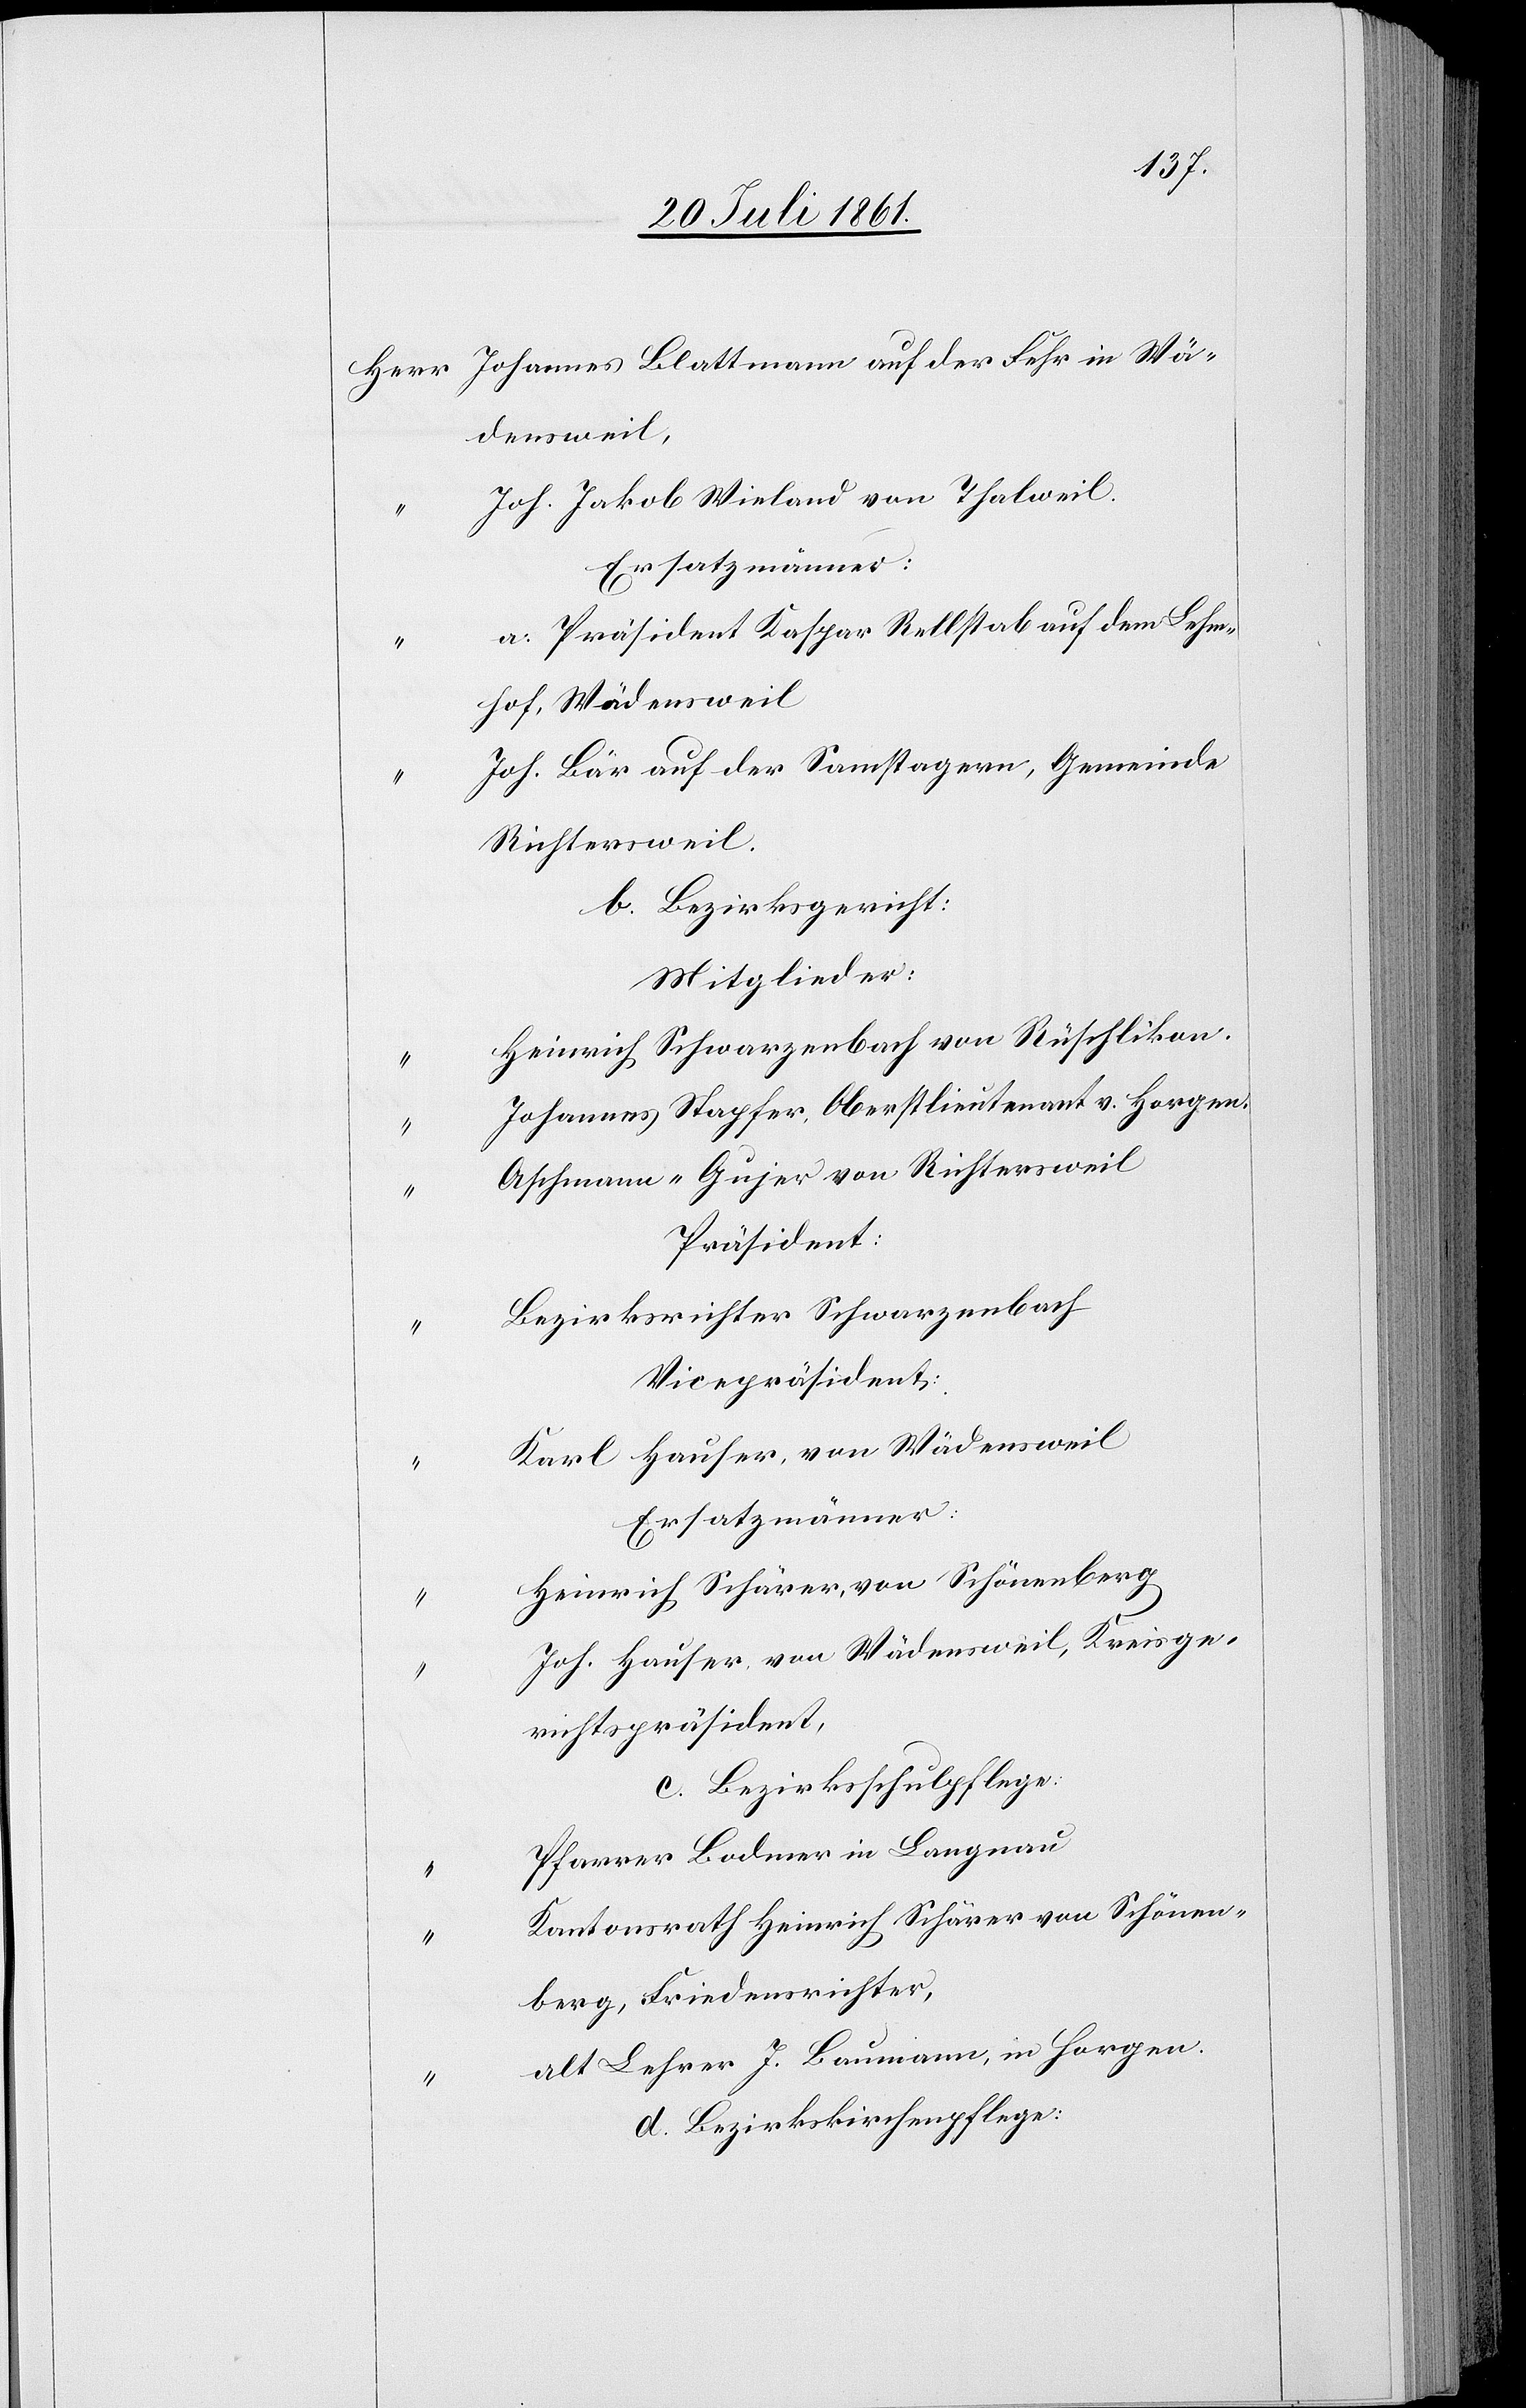
Herr Johannes Blattmann auf der Fehr in Wä¬
densweil,
Joh. Jakob Wieland von Thalweil.
a. Präsident Kaspar Rellstab auf dem Lehm¬
hof, Wädensweil
Joh. Bär auf der Samstagern, Gemeinde
Richtersweil.
b. Bezirksgericht:
Mitglieder:
Heinrich Schwarzenbach von Rüschlikon.
Johannes Stapfer, Oberstlieutnant v. Horgen.
Aschmann-Gujer von Richtersweil.
Präsident:
Bezirksrichter Schwarzenbach
Vicepräsident:
Karl Hauser von Wädensweil
Ersatzmänner:
Heinrich Schärer, von Schönenberg
Joh. Hauser von Wädensweil, Kreisge¬
richtspräsident,
c. Bezirksschulpflege:
Pfarrer Bodmer in Langnau
Kantonsrath Heinrich Schärer von Schönen¬
berg, Friedensrichter,
alt Lehrer J. Baumann, in Horgen.
d. Bezirkskirchenpflege: